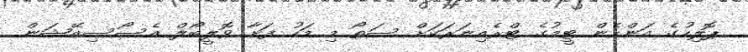
ޕޮލިހުގެ އަންހެން ޓީމުގެ ޓްރެއިނަރަކަށް ސަތޯ މި މަހު ފަށާ ވޮލީބޯލް އެސޯސިއޭޝަން